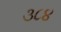
૩૮૪